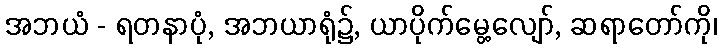
အဘယံ - ရတနာပုံ, အဘယာရုံ၌, ယာပိုက်မွေ့လျော်, ဆရာတော်ကို၊